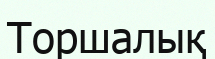
Торшалық